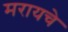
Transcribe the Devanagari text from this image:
मरायचे